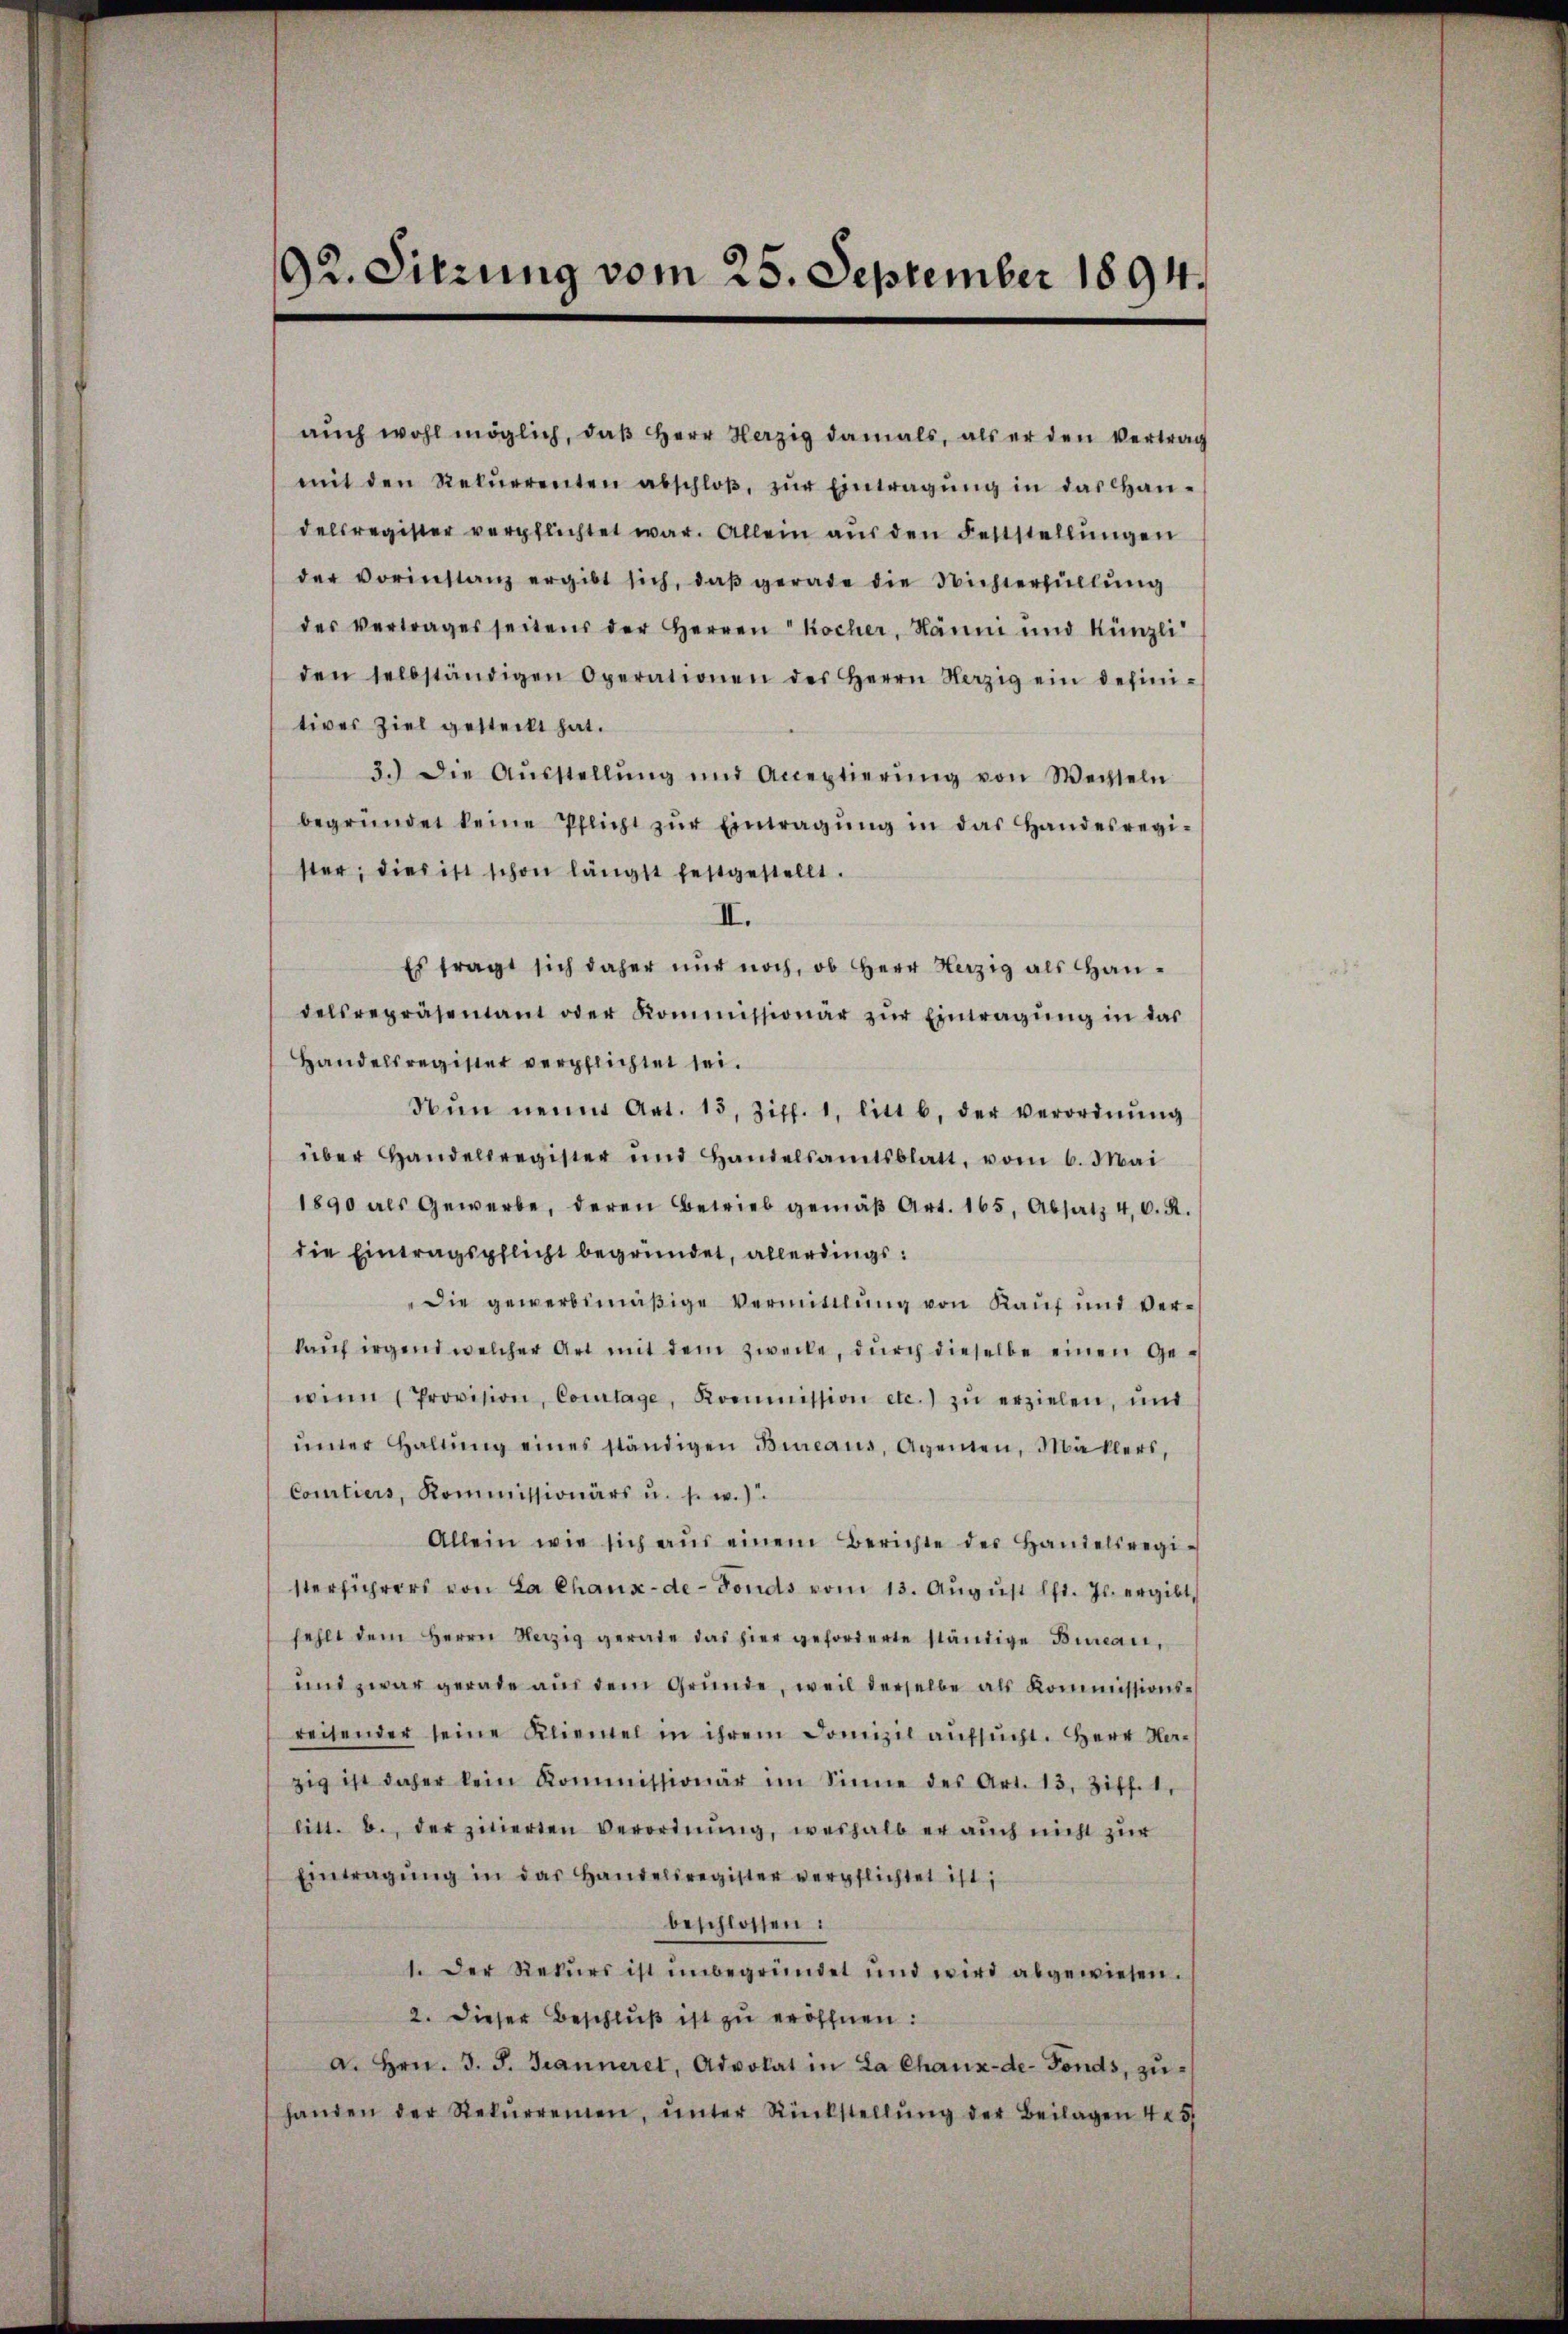
aŭch wohl möglich, daβ Herr Herzig damals, als er den Vertrag
mit den Rekŭrrenten abschloβ, zŭr Eintragŭng in das Han-
delsregister verpflichtet war. Allein aus den Fettstellungen
der vorinstanz ergibt sich, daβ gerade die Nichterfüllŭng
des vertrages seitens der Herren Kocher, Näum und Künzli
den selbständigen Operationen des Herrn Verzig ein defini-
tiver Ziel gesteckt hat.
3.) Die Aŭsstellŭng und Acceptierŭng von Wechseln
begründet keine Pflicht zŭr Eintragŭng in das Handesregi-
ster, dies ist schon längst festgestellt.
II.
Es tragt sich daher nur noch, ob Herr Herzig als Handelsrepräsentant oder Kommissionär zŭr Eintragŭng in das
Handelsregister verpflichtet sei.
Nŭn neun Art. 15, Ziff. 1. litt b. der verordnŭng
über Handelsregister und Handelsamtsblatt, vom 6. Mai
1890 als Gewerbe, deren Betrieb gemäβ Art. 165, Absatz 40. R.
die Eintragspflicht begründet, allerdings:
"Die gewerbsmäßige Vermittlung von Kauf und Verkaŭf irgend welcher Art mit dem Zwecke, dŭrch dieselbe einen Gewinn (Provision, Courtage, Kommission etc. zŭ erziehen, und
ŭnter Haltŭng eines ständigen Bureaus, Agenten, Mallers,
Contiers, Kommissionärs u. s. w.).
Allein wie sich aŭs einem Berichte des Handelsregi-
sterführers von La Chaux-de-Fonds vom 13. August l. Js. ergibt,
fehlt dem Herrn Verzig gerade das hier geforderte ständige Bureau,
und zwar gerade aus dem Gründe, weil derselbe als Kommissionsreitender seine Kliemel in ihrem Domizil aŭfsŭcht. Herr Na-
zig ist daher kein Kommissionär im Sinne des Art. 13. Ziff. 1,
litt. b., der zitierten Verordnung, weshalb er auch nicht zur
Eintragŭng in das Handelsregister verpflichtet ist;
beschlossen:
1. Der Rekurs ist unbegründet und wird abgewiesen.
2. Dieser Beschlŭβ ist zu eröffnen:
a. Hrn. J. J. Gianneret, Advokat in La Chaux-de-Fonds, zuhanden der Rekŭrremen, ŭnter Rückstellŭng der Beilagen 45

92. Sitzung vom 25. September 1894.